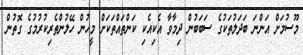
މޫސުމަށް އަންނަ ބަދަލުތަކުގެ ސަބަބުން ދިމާވާ އެކިއެކި ކަންތައްތަކަށް މީހުން ހޭލުންތެރިކުރުމުގެ ގޮތުން